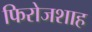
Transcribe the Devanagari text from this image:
फिरोजशाह